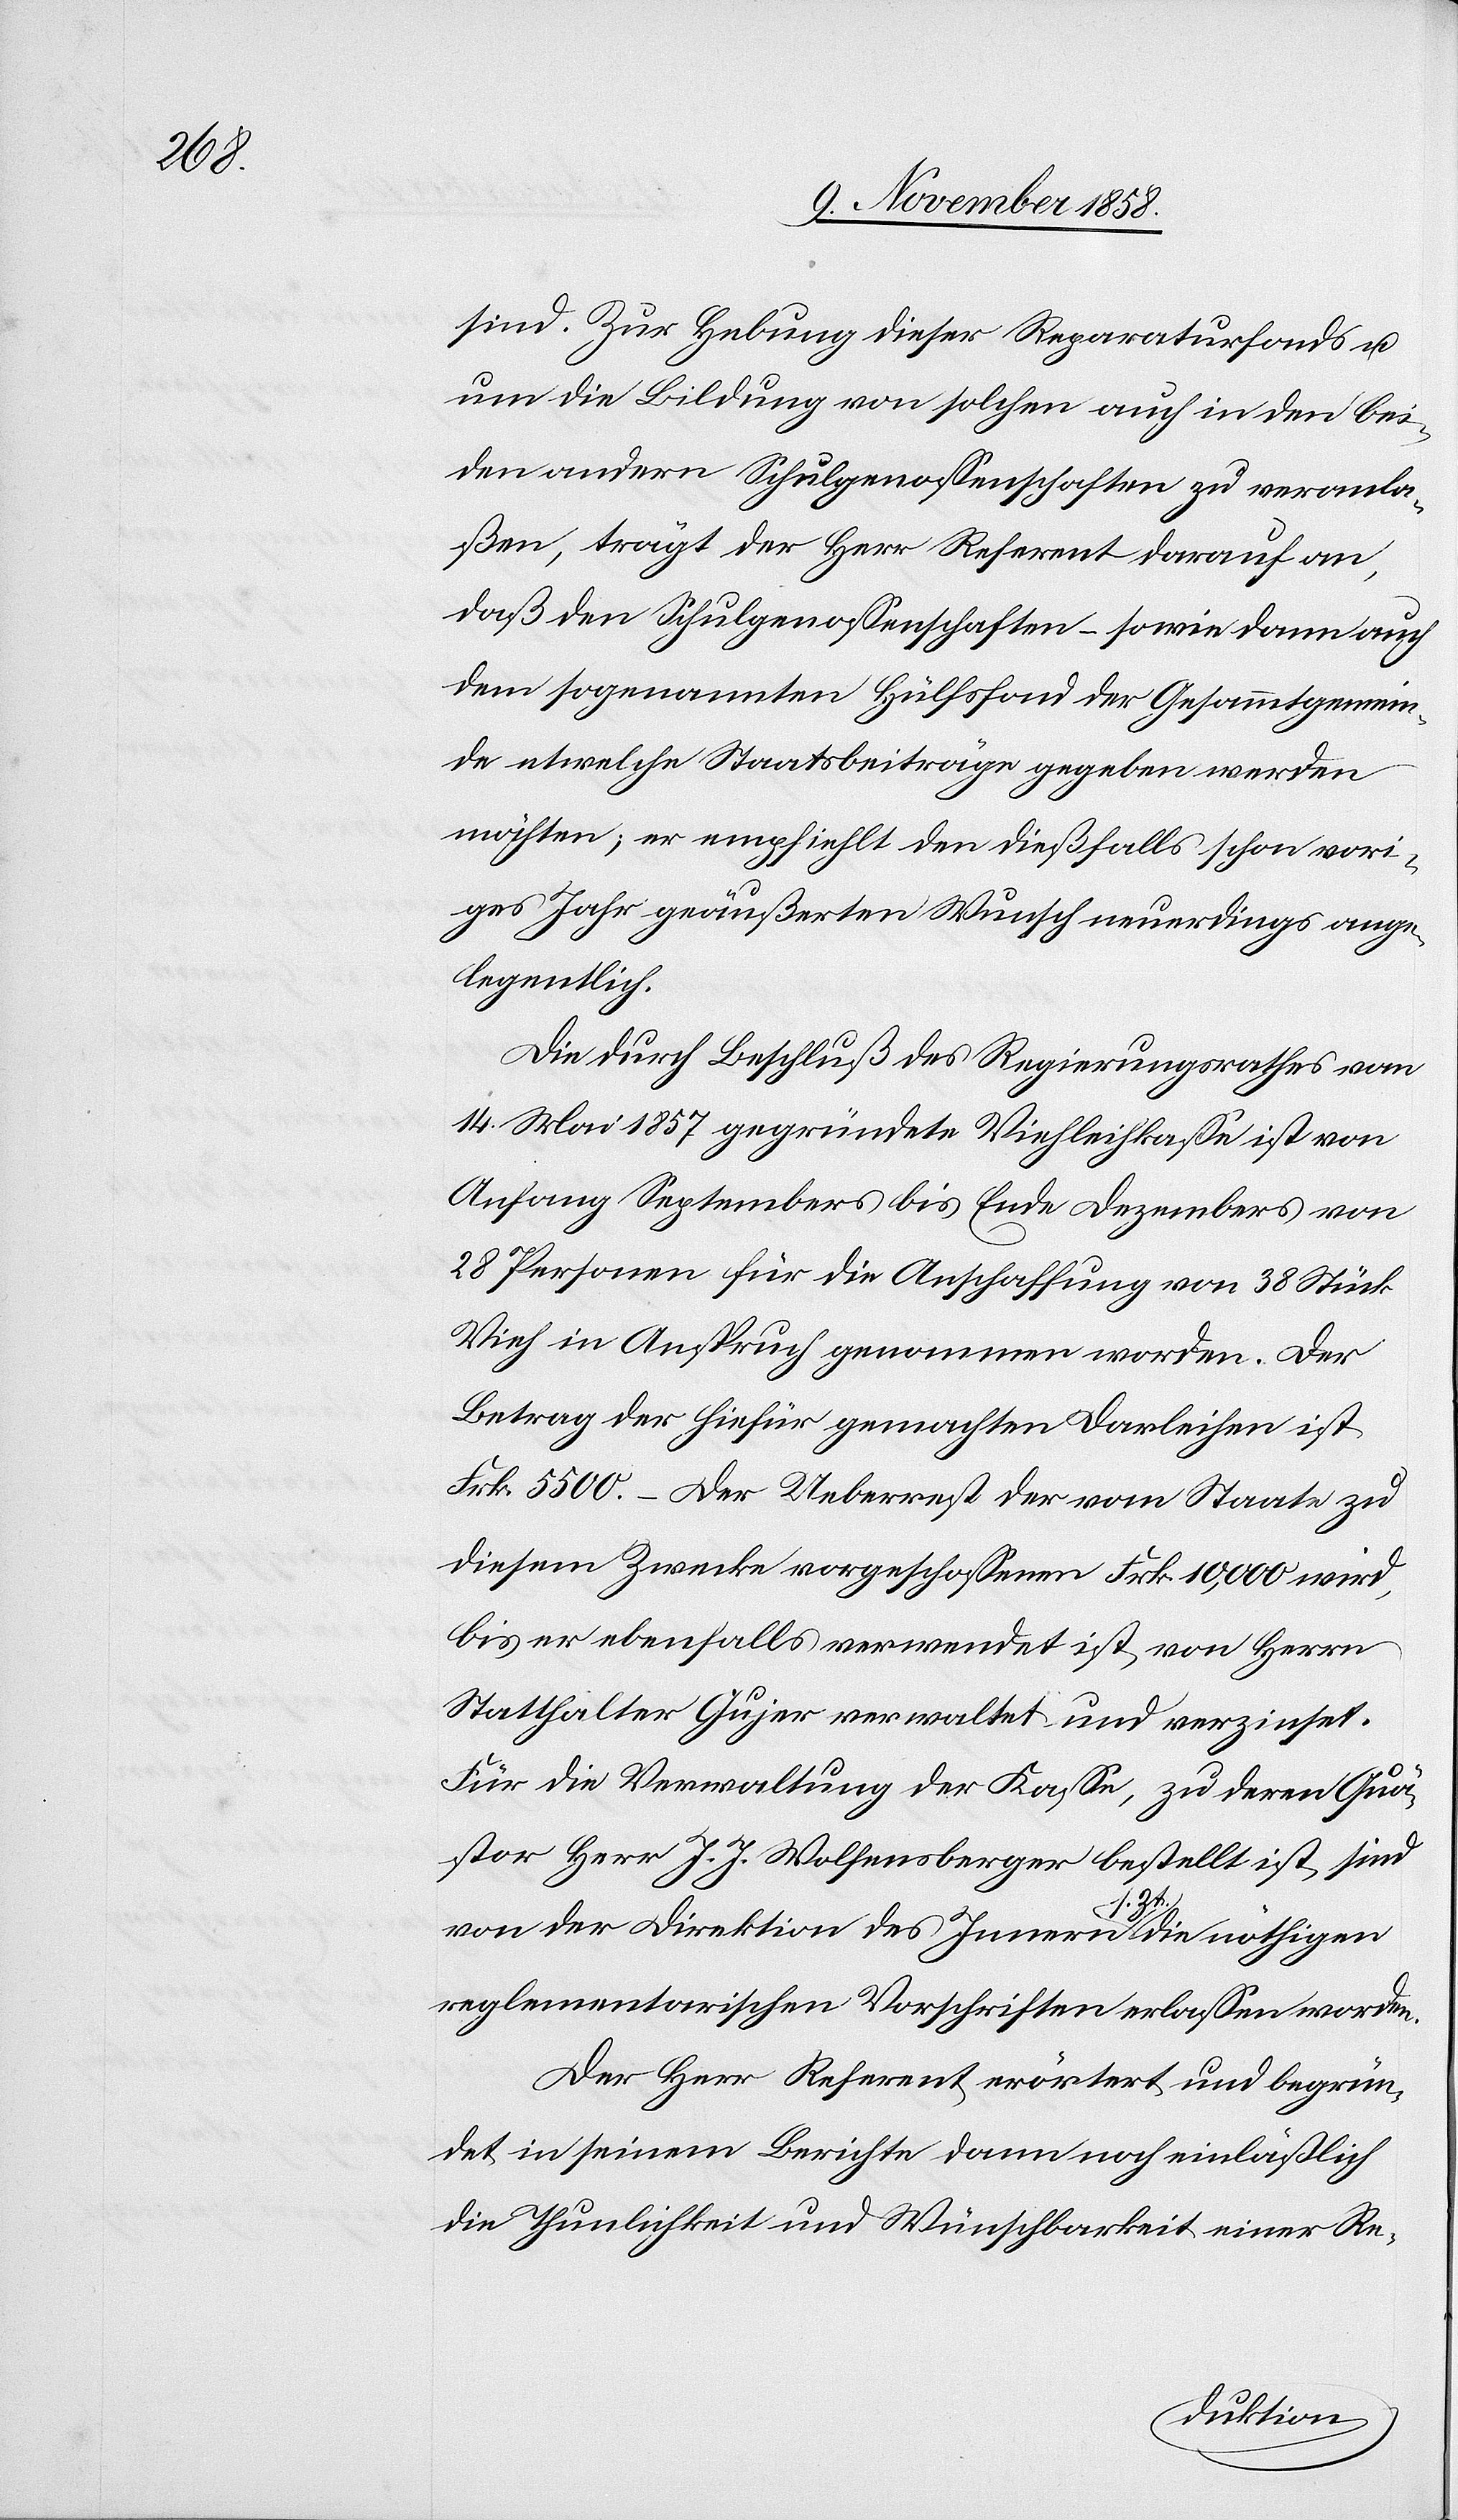
sind. Zur Hebung dieser Reparaturfonds u.
um die Bildung von solchen auch in den bei¬
den andern Schulgenossenschaften zu veranla¬
ßen, trägt der Herr Referent darauf an,
daß den Schulgenossenschaften – sowie dann auch
dem sogenannten Hülfsfond der Gesammtgemein¬
de etwelche Staatsbeiträge gegeben werden
möchten; er empfiehlt den dießfalls schon vori¬
ges Jahr geäußerten Wunsch neuerdings ange¬
legentlich.
Die durch Beschluß des Regierungsrathes vom
14. Mai 1857 gegründete Viehleihkasse ist von
Anfang Septembers bis Ende Dezembers von
28 Personen für die Anschaffung von 38 Stück
Vieh in Anspruch genommen worden. Der
Betrag der hiefür gemachten Darleihen ist
Frk. 5500.– Der Ueberrest der vom Staate zu
diesem Zwecke vorgeschossenen Frk. 10,000 wird,
bis er ebenfalls verwendet ist, von Herrn
Statthalter Gujer verwaltet und verzinset.
Für die Verwaltung der Kasse, zu deren Quä¬
stor Herr J. J. Wolfensberger bestellt ist, sind
von der Direktion des Innern s. Zt. die nöthigen
reglementarischen Vorschriften erlassen worden.
Der Herr Referent erörtert und begrün¬
det in seinem Berichte dann noch einläßlich
die Thunlichkeit und Wünschbarkeit einer Re-